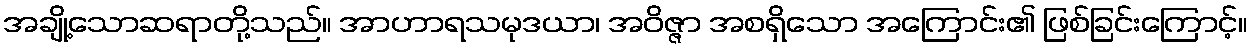
အချို့သောဆရာတို့သည်။ အာဟာရသမုဒယာ၊ အဝိဇ္ဇာ အစရှိသော အကြောင်း၏ ဖြစ်ခြင်းကြောင့်။